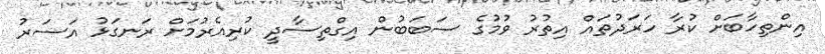
އިންތިހާބަށް ކުރާ ހަރަދުތައް އިތުރު ވުމުގެ ސަބަބުން އިގްތިސާދީ ކުރިއެރުމަށް ރަނގަޅު އަސަރު